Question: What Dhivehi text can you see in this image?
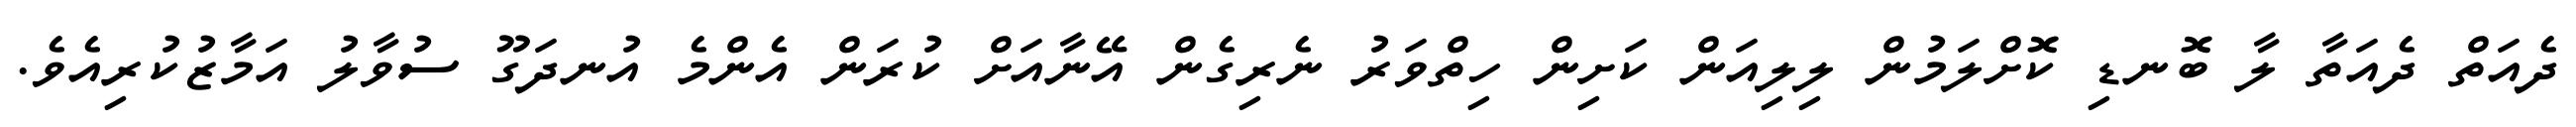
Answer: ދެއަތް ދެއަތާ ލާ ބޮނޑި ކޮށްލަމުން ލިލިއަން ކަށިން ހިތްވަރު ނެރިގެން އޭނާއަށް ކުރަން އެންމެ އުނދަގޫ ސުވާލު އަމާޒުކުރިއެވެ.